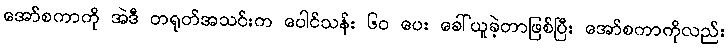
အော်စကာကို အဲဒီ တရုတ်အသင်းက ပေါင်သန်း ၆၀ ပေး ခေါ်ယူခဲ့တာဖြစ်ပြီး အော်စကာကိုလည်း